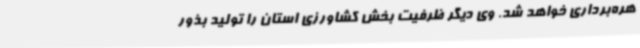
هره‌برداری خواهد شد. وی دیگر ظرفیت بخش کشاورزی استان را تولید بذور